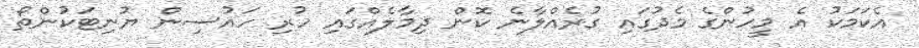
އެކަމަކު އެ މީހުންގެ މެދުގައި ގުރެއްލާނެ ކޮން ދިމާލެއްގައި ހުރި ހައުސިން ޔުނިޓަކުންތޯ